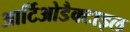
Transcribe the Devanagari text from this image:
आर्टिओडैक्टाइल